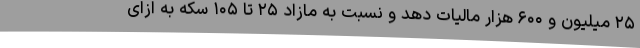
۲۵ میلیون و ۶۰۰ هزار مالیات دهد و نسبت به مازاد ۲۵ تا ۱۰۵ سکه به ازای